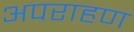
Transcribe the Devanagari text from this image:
अपराहण